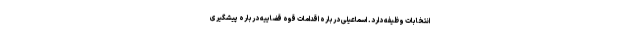
انتخابات وظیفه دارد. اسماعیلی درباره اقدامات قوه قضاییه درباره پیشگیری